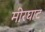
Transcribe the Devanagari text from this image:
मीरघाट